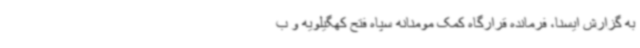
به گزارش ایسنا، فرمانده قرارگاه کمک مومنانه سپاه فتح کهگیلویه و ب